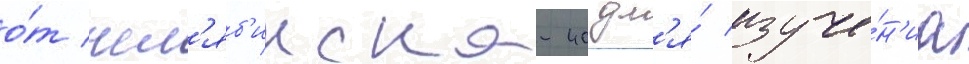
о́т чел'яб'инска-40 дл'я́ изуче́н'иа